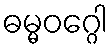
ဓမ္မဝဂ္ဂေါ